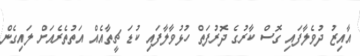
އާއިޒު ދުވެލާފައި ގޮސް ކާރުގެ ދޮރުފަތް ހުޅުވާލާފައި ކުޑަ ޗީތާއެއް އަތުތެރެއަށް ލައިގެން